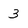
Character: 3